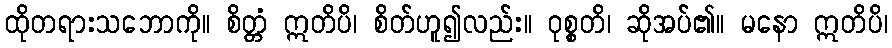
ထိုတရားသဘောကို။ စိတ္တံ ဣတိပိ၊ စိတ်ဟူ၍လည်း။ ဝုစ္စတိ၊ ဆိုအပ်၏။ မနော ဣတိပိ၊